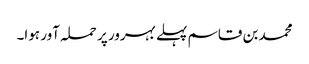
محمد بن قاسم پہلے بہرور پر حملہ آور ہوا۔